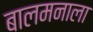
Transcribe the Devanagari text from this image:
बालमनाला